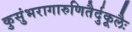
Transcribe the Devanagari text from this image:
कुसुंभरागारुणितैर्दुकूलैः